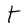
Character: t